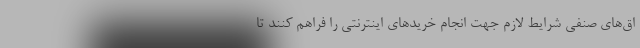
اق‌های صنفی شرایط لازم جهت انجام خرید‌های اینترنتی را فراهم کنند تا